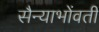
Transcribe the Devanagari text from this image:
सैन्याभोंवतीं